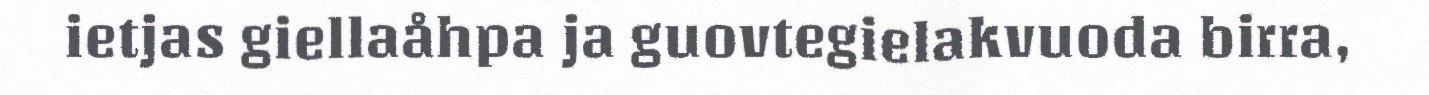
ietjas giellaåhpa ja guovtegielakvuoda birra,